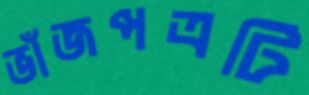
ভাঁজপত্রটি